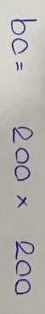
60 = 200 x 200